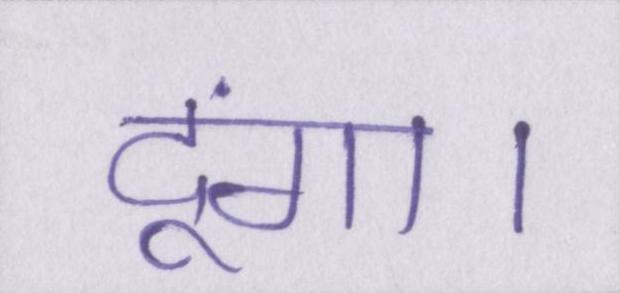
दूंगा।